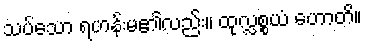
သပ်သော ရဟန်းမ၏လည်း။ ထုလ္လစ္စယံ ဟောတိ။